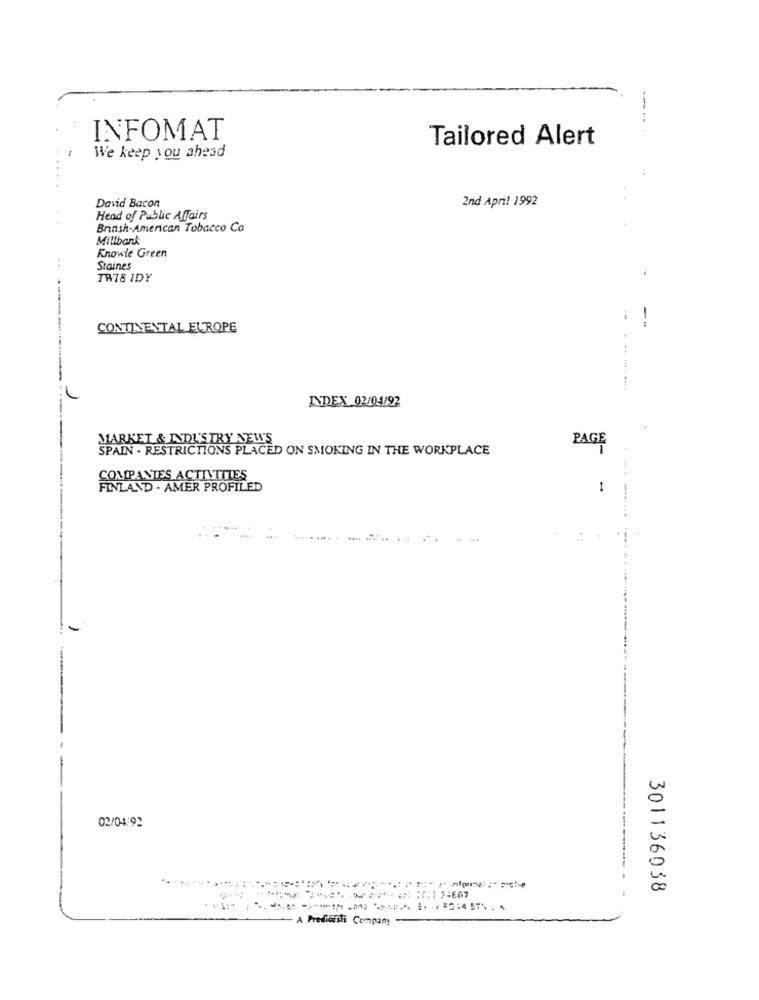
-..
INFOMAT
Tailored Alert
We keep you ahead
David Bacon
2nd April 1992
Head of Public Affairs
British-American Tobacco Co
Millbank
Knowle Green
Staines
TW78 IDY
--
CONTINENTAL EUROPE
INDEX 02/04/92
MARKET & INDL'STRY NEWS
PAGE
SPAIN . RESTRICTIONS PLACED ON SMOKING IN THE WORKPLACE
COMPANIES ACTIVITIES
FINLAND . AMER PROFILED
1
02/04:92
301136038
--------- 2667
- A Prediaishi Company